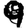
Digit: 9